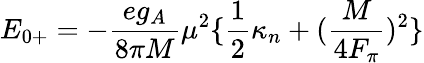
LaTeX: E_{0+}=-{\frac{eg_{A}}{8\pi M}}\mu^{2}\{ {\frac{1}{2}}\kappa_{n}+({\frac{M}{4F_{\pi}}})^{2}\}